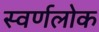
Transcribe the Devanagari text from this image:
स्वर्णलोक